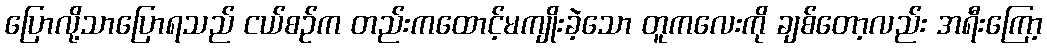
ပြောလို့သာပြောရသည် ငယ်စဉ်က တည်းကထောင့်မကျိုးခဲ့သော တူကလေးကို ချစ်တော့လည်း အရီးကြော့